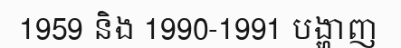
1959 និង 1990-1991 បង្ហាញ